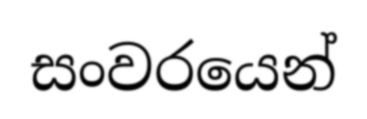
සංවරයෙන්